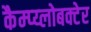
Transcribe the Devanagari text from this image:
कैम्प्य्लोबक्टेर